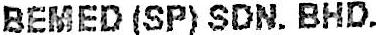
BEMED (SP) SDN. BHD.